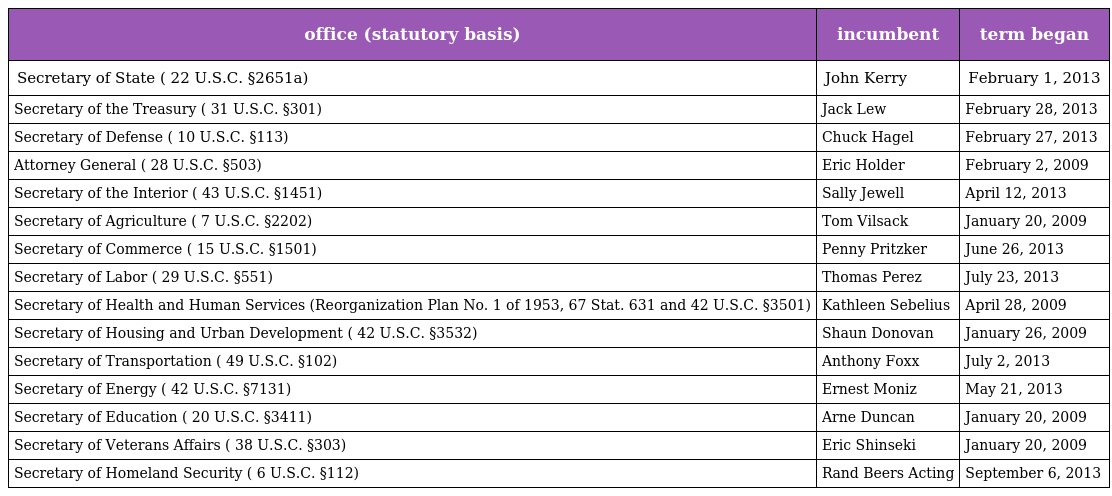
| office (statutory basis) | incumbent | term began |
 | --- | --- | --- |
 | Secretary of State ( 22 U.S.C. §2651a) | John Kerry | February 1, 2013 |
 | Secretary of the Treasury ( 31 U.S.C. §301) | Jack Lew | February 28, 2013 |
 | Secretary of Defense ( 10 U.S.C. §113) | Chuck Hagel | February 27, 2013 |
 | Attorney General ( 28 U.S.C. §503) | Eric Holder | February 2, 2009 |
 | Secretary of the Interior ( 43 U.S.C. §1451) | Sally Jewell | April 12, 2013 |
 | Secretary of Agriculture ( 7 U.S.C. §2202) | Tom Vilsack | January 20, 2009 |
 | Secretary of Commerce ( 15 U.S.C. §1501) | Penny Pritzker | June 26, 2013 |
 | Secretary of Labor ( 29 U.S.C. §551) | Thomas Perez | July 23, 2013 |
 | Secretary of Health and Human Services (Reorganization Plan No. 1 of 1953, 67 Stat. 631 and 42 U.S.C. §3501) | Kathleen Sebelius | April 28, 2009 |
 | Secretary of Housing and Urban Development ( 42 U.S.C. §3532) | Shaun Donovan | January 26, 2009 |
 | Secretary of Transportation ( 49 U.S.C. §102) | Anthony Foxx | July 2, 2013 |
 | Secretary of Energy ( 42 U.S.C. §7131) | Ernest Moniz | May 21, 2013 |
 | Secretary of Education ( 20 U.S.C. §3411) | Arne Duncan | January 20, 2009 |
 | Secretary of Veterans Affairs ( 38 U.S.C. §303) | Eric Shinseki | January 20, 2009 |
 | Secretary of Homeland Security ( 6 U.S.C. §112) | Rand Beers Acting | September 6, 2013 |